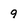
Character: 9